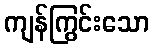
ကျန်ကြွင်းသော